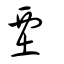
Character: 垔